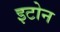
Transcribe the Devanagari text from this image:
इटोन